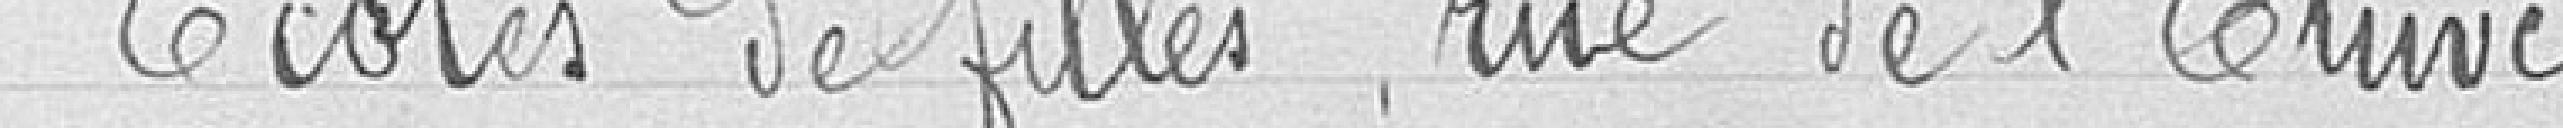
Ecoles de filles rue de l'Etuve